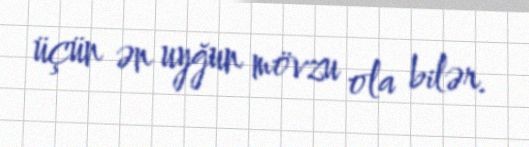
üçün ən uyğun mövzu ola bilər.